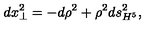
d x _ { \perp } ^ { 2 } = - d \rho ^ { 2 } + \rho ^ { 2 } d s _ { H ^ { 5 } } ^ { 2 } ,